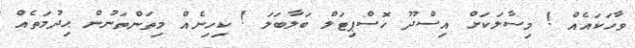
ވާހަކައެއް ! މިސާލަކަށް އިސްދޫ ހޮސްޕިޓަލް ބަލާބަލަ ! ކިހިނެއް މިތަންތަނުން ޙިދުމަތެއް